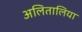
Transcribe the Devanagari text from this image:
अलितालिया